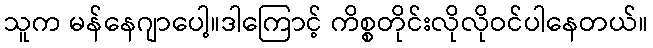
သူက မန်နေဂျာပေါ့။ဒါကြောင့် ကိစ္စတိုင်းလိုလိုဝင်ပါနေတယ်။